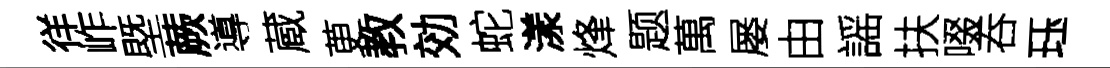
徉岞塈蕨導蔵茰教効蛇漾烽题萬屡由謡扶啜吞珏